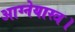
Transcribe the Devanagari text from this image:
आग्नेयास्त्र।